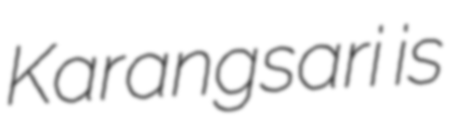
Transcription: Karangsari is